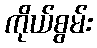
ကိုယ်စွမ်း